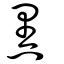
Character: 黑